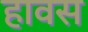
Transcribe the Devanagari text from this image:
हावस